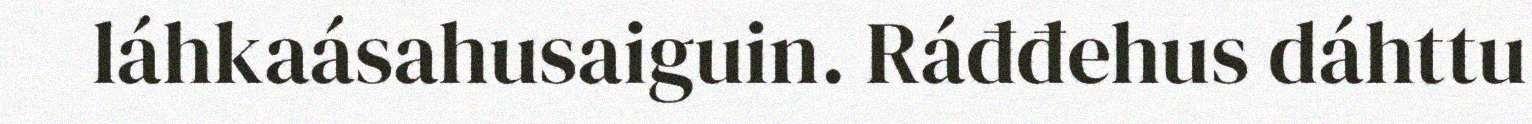
láhkaásahusaiguin. Ráđđehus dáhttu